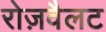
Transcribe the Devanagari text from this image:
रोज़वैलट